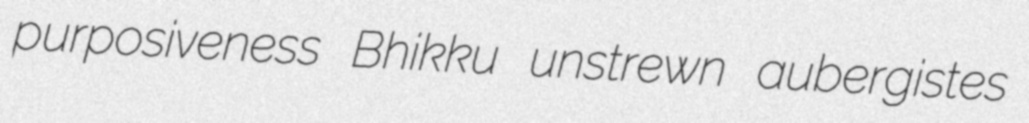
purposiveness Bhikku unstrewn aubergistes